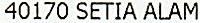
40170 SETIA ALAM